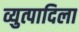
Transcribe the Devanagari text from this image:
व्युत्पादिला